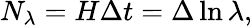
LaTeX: N_{\lambda}=H\Delta t=\Delta\ln\lambda,